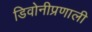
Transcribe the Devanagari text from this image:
डिवोनीप्रणाली